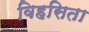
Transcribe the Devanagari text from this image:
विहसिता